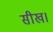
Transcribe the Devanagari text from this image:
सीख।